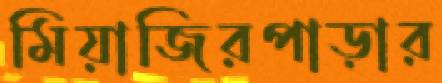
মিয়াজিরপাড়ার